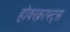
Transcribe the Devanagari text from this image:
होवरक्राफ्ट्स